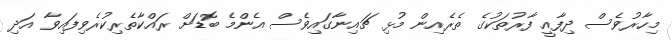
މިހާރުވެސް ދިފާއީ ފާރުތަކުގެ ތެރެއިން މުޅި ޗައިނާގައިވެސް އެންމެ ބޮޑަށް ރައްކާތެރިކުރެވިފައިވާ އަދި